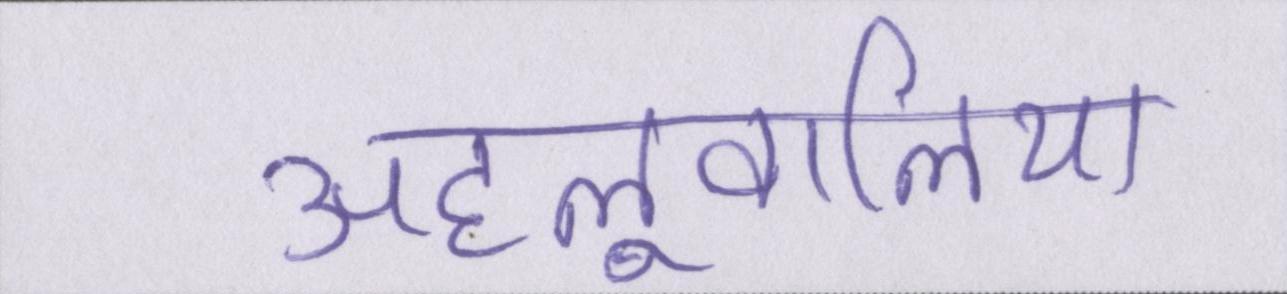
अहलूवालिया